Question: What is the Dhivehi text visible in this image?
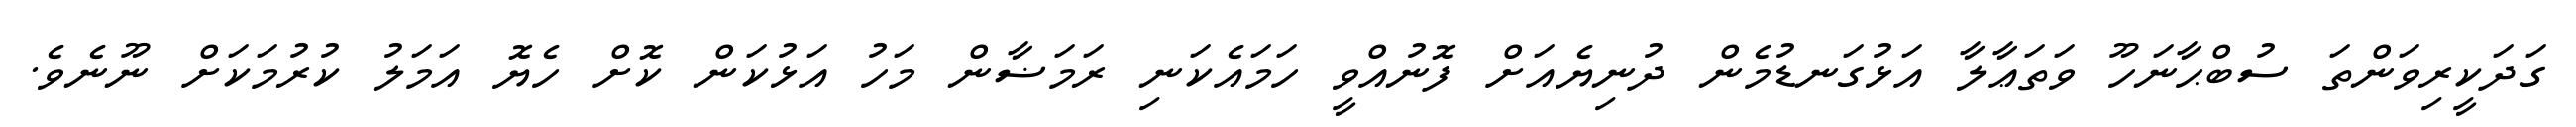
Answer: ގަދަކީރިވަންތަ ސުބްޙާނަހޫ ވަތަޢާލާ އަޅުގަނޑުމެން ދުނިޔެއަށް ފޮނުއްވީ ހަމައެކަނި ރަމަޟާން މަހު އަޅުކަން ކޮށް ހެޔޮ އަމަލު ކުރުމަކަށް ނޫނެވެ.